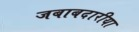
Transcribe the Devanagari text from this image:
जबाबदारीया